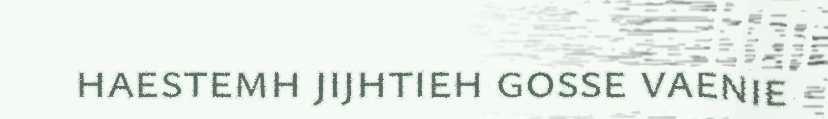
haestemh jijhtieh gosse vaenie